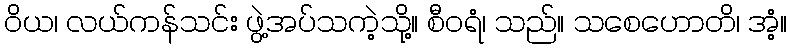
ဝိယ၊ လယ်ကန်သင်း ဖွဲ့အပ်သကဲ့သို့။ စီဝရံ၊ သည်။ သစေဟောတိ၊ အံ့။